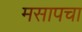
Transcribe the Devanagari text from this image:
मसापचा